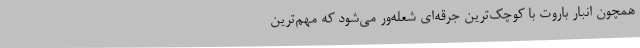
همچون انبار باروت با کوچک‌ترین جرقه‌ای شعله‌ور می‌شود که مهم‌ترین